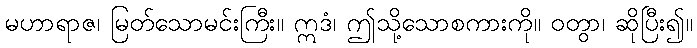
မဟာရာဇ၊ မြတ်သောမင်းကြီး။ ဣဒံ၊ ဤသို့သောစကားကို။ ဝတွာ၊ ဆိုပြီး၍။